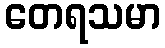
တေရသမာ